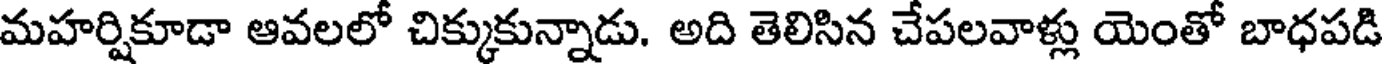
మహర్షికూడా ఆవలలో చిక్కుకున్నాడు. అది తెలిసిన చేపలవాళ్లు యెంతో బాధపడి